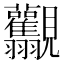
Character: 𧢯